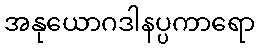
အနုယောဂဒါနပ္ပကာရော